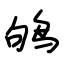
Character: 鸲